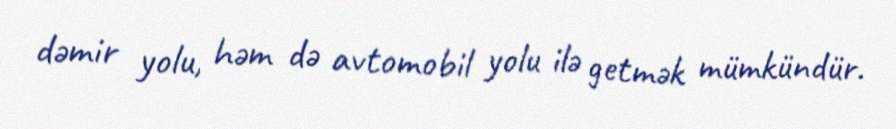
dəmir yolu, həm də avtomobil yolu ilə getmək mümkündür.